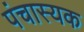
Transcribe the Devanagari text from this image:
पंचास्यक